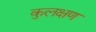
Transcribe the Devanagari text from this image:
कुलक्षण